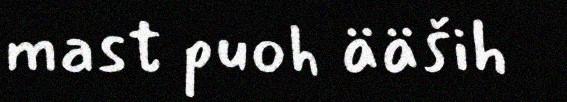
mast puoh ääših